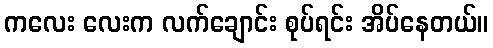
ကလေး လေးက လက်ချောင်း စုပ်ရင်း အိပ်နေတယ်။